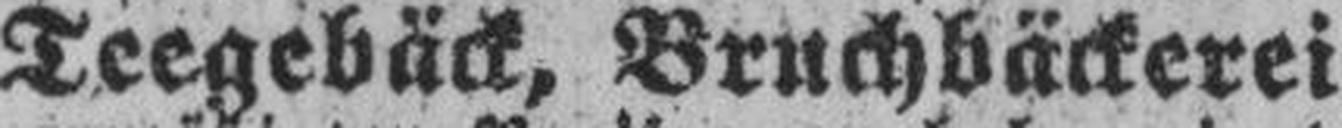
Teegebäck, Bruchbäckerei